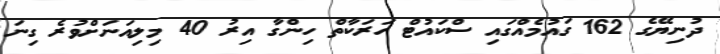
ދުނިޔޭގެ 162 ގައުމެއްގައި ސްކަައުޓް ހަރަކާތް ހިންގާ އިރު 40 މިލިއަނަށްވުރެ ގިނަ